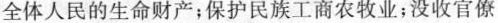
全体人民的生命财产；保护民族工商农牧业；没收官僚